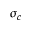
\sigma _ { c }